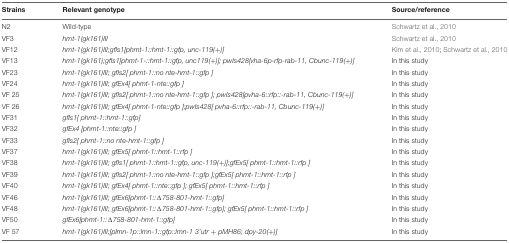
<table><thead><tr><td><b>Strains</b></td><td><b>Relevant genotype</b></td><td><b>Source/reference</b></td></tr></thead><tbody><tr><td>N2</td><td>Wild-type</td><td>Schwartz et al., 2010</td></tr><tr><td>VF3</td><td><i>hmt-1(gk161)III</i></td><td>Schwartz et al., 2010</td></tr><tr><td>VF12</td><td><i>hmt-1(gk161)III;gfIs1[phmt-1::hmt-1::gfp, unc-119(+)]</i></td><td>Kim et al., 2010; Schwartz et al., 2010</td></tr><tr><td>VF13</td><td><i>hmt-1(gk161);gfIs1[phmt-1-::hmt-1::gfp, unc119(+)]; pwIs428[vha-6p-rfp-rab-11, Cbunc-119(+)]</i></td><td>In this study</td></tr><tr><td>VF23</td><td><i>hmt-1(gk161)III; gfIs2[phmt-1::no nte-hmt-1::gfp]</i></td><td>In this study</td></tr><tr><td>VF24</td><td><i>hmt-1(gk161)III; gfEx4[phmt-1-nte::gfp]</i></td><td>In this study</td></tr><tr><td>VF 25</td><td><i>hmt-1(gk161)III; gfIs2[phmt-1::no nte-hmt-1::gfp]; pwIs428[pvha-6::rfp::-rab-11, Cbunc-119(+)]</i></td><td>In this study</td></tr><tr><td>VF 26</td><td><i>hmt-1(gk161)III; gfEx4[phmt-1-nte::gfp];pwIs428[pvha-6::rfp::-rab-11, Cbunc-119(+)]</i></td><td>In this study</td></tr><tr><td>VF31</td><td><i>gfIs1[phmt-1::hmt-1::gfp]</i></td><td>In this study</td></tr><tr><td>VF32</td><td><i>gfEx4 [phmt-1::nte::gfp]</i></td><td>In this study</td></tr><tr><td>VF33</td><td><i>gfIs2[phmt-1::no nte-hmt-1::gfp]</i></td><td>In this study</td></tr><tr><td>VF37</td><td><i>hmt-1(gk161)III; gfEx5[phmt-1::hmt-1::rfp]</i></td><td>In this study</td></tr><tr><td>VF38</td><td><i>hmt-1(gk161)III; gfIs1[phmt-1::hmt-1::gfp, unc-119(+)];gfEx5[phmt-1::hmt-1::rfp]</i></td><td>In this study</td></tr><tr><td>VF39</td><td><i>hmt-1(gk161)III; gfIs2[phmt-1::no nte-hmt-1::gfp];gfEx5[phmt-1::hmt-1::rfp]</i></td><td>In this study</td></tr><tr><td>VF40</td><td><i>hmt-1(gk161)III; gfEx4[phmt-1::nte::gfp]; gfEx5[phmt-1::hmt-1::rfp]</i></td><td>In this study</td></tr><tr><td>VF46</td><td><i>hmt-1(gk161)III; gfEx6[phmt-1::Δ758-801-hmt-1::gfp]</i></td><td>In this study</td></tr><tr><td>VF48</td><td><i>hmt-1(gk161)III; gfEx6[phmt-1::Δ758-801-hmt-1::gfp]; gfEx5[phmt-1::hmt-1::rfp]</i></td><td>In this study</td></tr><tr><td>VF50</td><td><i>gfEx6[phmt-1::Δ758-801-hmt-1::gfp]</i></td><td>In this study</td></tr><tr><td>VF 57</td><td><i>hmt-1(gk161)III;[plmn-1p::lmn-1::gfp::lmn-1 3’utr + pMH86; dpy-20(+)]</i></td><td>In this study</td></tr></tbody></table>